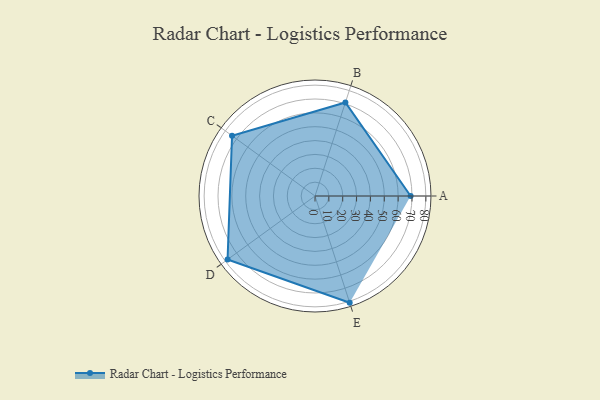
{"axis": {"x": "Skill", "y": "Score"}, "legend": ["Profile"], "data": [{"x": "A", "y": 69.0, "type": "Profile"}, {"x": "B", "y": 71.0, "type": "Profile"}, {"x": "C", "y": 74.0, "type": "Profile"}, {"x": "D", "y": 78.0, "type": "Profile"}, {"x": "E", "y": 81.0, "type": "Profile"}]}